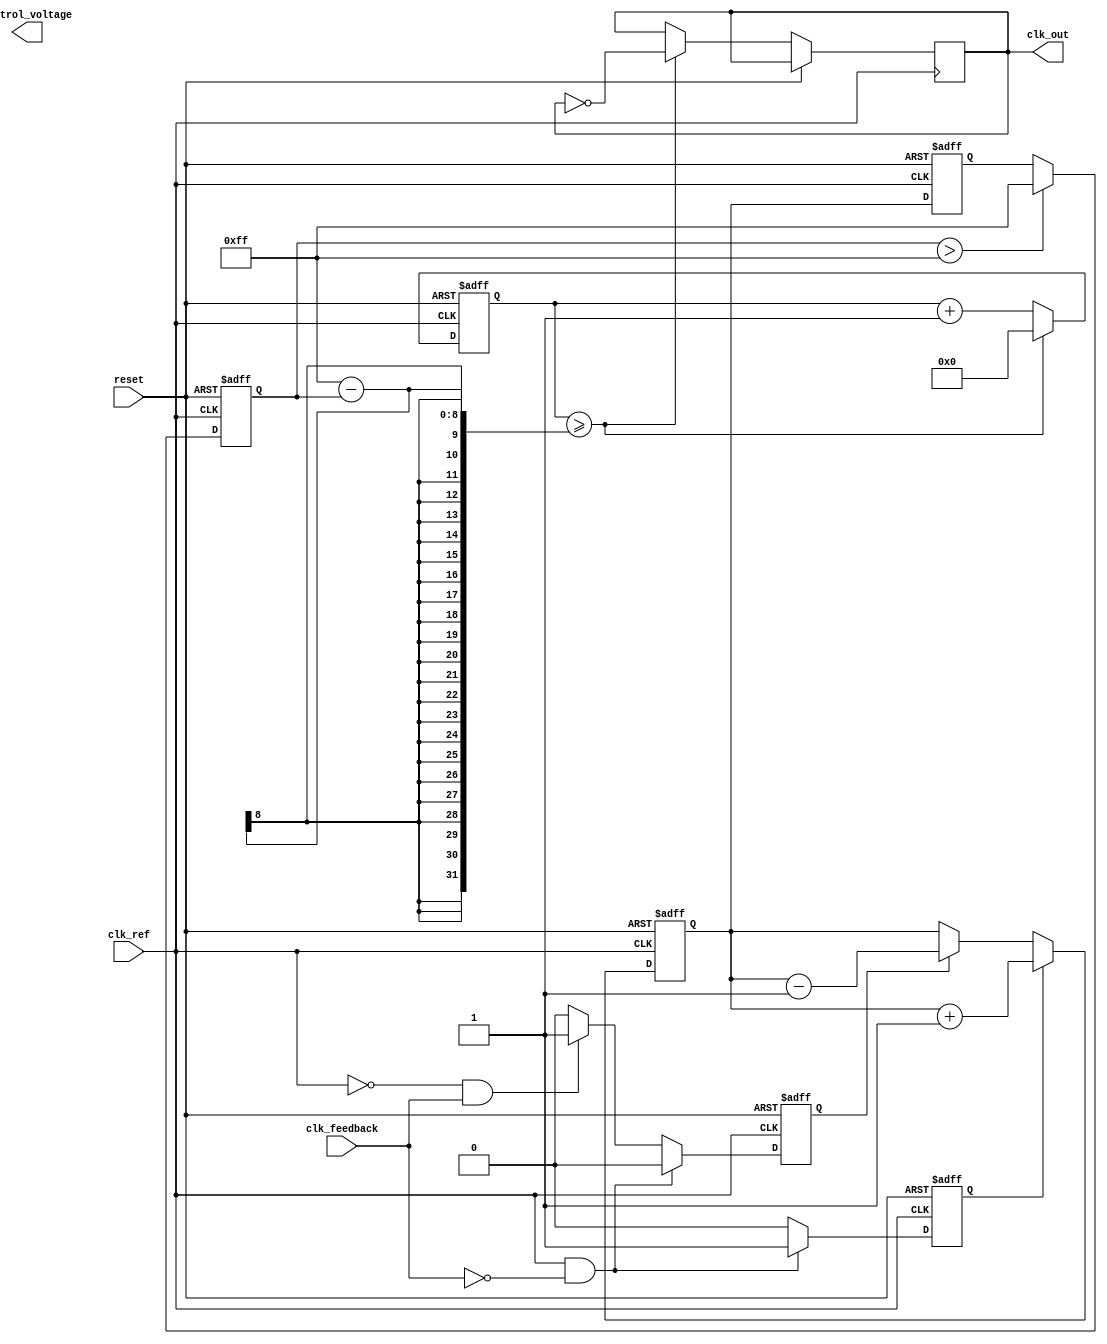
module fractional_PLL (
    input wire clk_ref,          // Reference clock input
    input wire clk_feedback,     // Feedback clock input
    input wire reset,            // Reset signal
    output reg clk_out,          // Output clock
    output reg [7:0] control_voltage // Control voltage for VCO
);

// Parameters
parameter DIV_INTEGER = 4;      // Integer division factor
parameter FRACTIONAL_PART = 2;   // Fractional part for division
parameter VCO_MAX_VOLTAGE = 255; // Max control voltage for VCO

// Internal signals
reg up, down;
reg [7:0] phase_error;
reg [7:0] charge_pump_output;
reg [7:0] loop_filter_output;
reg [7:0] vco_voltage;
reg [31:0] vco_counter;
reg [31:0] feedback_divider_counter;

// Phase Frequency Detector (PFD)
always @(posedge clk_ref or posedge reset) begin
    if (reset) begin
        up <= 0;
        down <= 0;
        phase_error <= 0;
    end else begin
        if (clk_ref && !clk_feedback) begin
            up <= 1;
            down <= 0;
        end else if (!clk_ref && clk_feedback) begin
            up <= 0;
            down <= 1;
        end else begin
            up <= 0;
            down <= 0;
        end
    end
end

// Charge Pump (CP)
always @(posedge clk_ref or posedge reset) begin
    if (reset) begin
        charge_pump_output <= 0;
    end else begin
        if (up) begin
            charge_pump_output <= charge_pump_output + 1;
        end else if (down) begin
            charge_pump_output <= charge_pump_output - 1;
        end
    end
end

// Loop Filter
always @(posedge clk_ref or posedge reset) begin
    if (reset) begin
        loop_filter_output <= 0;
    end else begin
        loop_filter_output <= charge_pump_output; // Simple filter for demonstration
    end
end

// Voltage-Controlled Oscillator (VCO)
always @(posedge clk_ref or posedge reset) begin
    if (reset) begin
        vco_voltage <= 0;
        vco_counter <= 0;
    end else begin
        vco_voltage <= loop_filter_output; // Control voltage from loop filter
        if (vco_voltage > VCO_MAX_VOLTAGE) begin
            vco_voltage <= VCO_MAX_VOLTAGE;
        end
        // Generate output clock based on VCO voltage
        if (vco_counter >= (VCO_MAX_VOLTAGE - vco_voltage)) begin
            clk_out <= ~clk_out; // Toggle output clock
            vco_counter <= 0;
        end else begin
            vco_counter <= vco_counter + 1;
        end
    end
end

// Feedback Divider
always @(posedge clk_out or posedge reset) begin
    if (reset) begin
        feedback_divider_counter <= 0;
    end else begin
        feedback_divider_counter <= feedback_divider_counter + 1;
        if (feedback_divider_counter >= DIV_INTEGER) begin
            feedback_divider_counter <= 0;
            // Implement fractional division logic here
            // For simplicity, we assume a fixed division ratio
        end
    end
end

endmodule